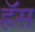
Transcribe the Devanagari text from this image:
हॅस